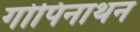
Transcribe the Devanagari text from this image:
गोपिनाथन